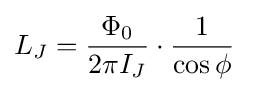
L_{J}={\frac {\Phi _{0}}{2\pi I_{J}}}\cdot {\frac {1}{\cos \phi }}\